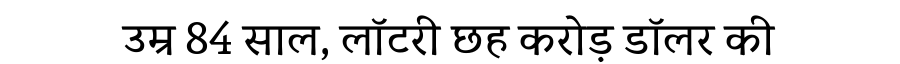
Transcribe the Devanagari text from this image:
उम्र 84 साल, लॉटरी छह करोड़ डॉलर की